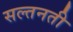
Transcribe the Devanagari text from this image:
सल्तनती